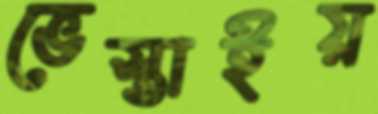
ভেস্তাইয়